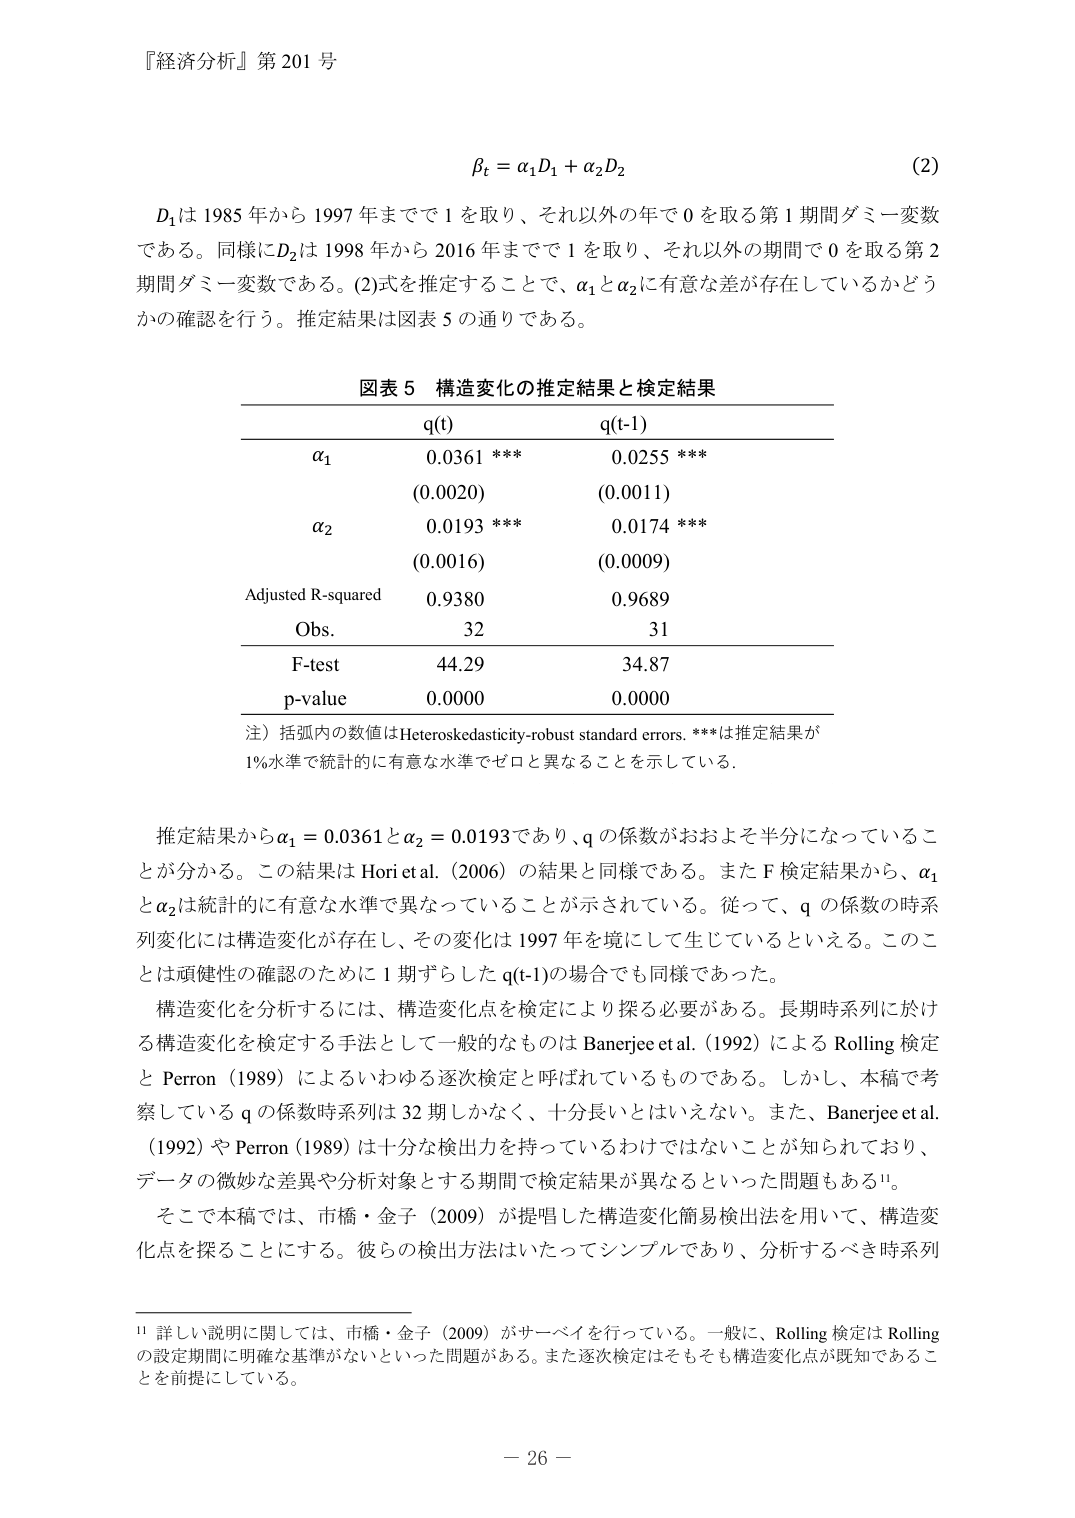
『経済分析』第 201 号

βₜ = α₁D₁ + α₂D₂  (2)

D₁は 1985 年から 1997 年までで 1 を取り、それ以外の年で 0 を取る第 1 期間ダミー変数である。同様にD₂は 1998 年から 2016 年までで 1 を取り、それ以外の期間で 0 を取る第 2 期間ダミー変数である。(2)式を推定することで、α₁とα₂に有意な差が存在しているかどうかの確認を行う。推定結果は図表 5 の通りである。

図表 5 構造変化の推定結果と検定結果

q(t)           q(t-1)
α₁             0.0361 ***     0.0255 ***
               (0.0020)       (0.0011)
α₂             0.0193 ***     0.0174 ***
               (0.0016)       (0.0009)
Adjusted R-squared   0.9380       0.9689
Obs.               32           31
F-test             44.29        34.87
p-value            0.0000       0.0000

注）括弧内の数値は Heteroskedasticity-robust standard errors. ***は推定結果が 1%水準で統計的に有意な水準でゼロと異なることを示している。

推定結果からα₁ = 0.0361とα₂ = 0.0193であり、q の係数がおおよそ半分になっていることが分かる。この結果は Hori et al. (2006) の結果と同様である。また F 検定結果から、α₁とα₂は統計的に有意な水準で異なっていることが示されている。従って、q の係数の時系列変化には構造変化が存在し、その変化は 1997 年を境にして生じているといえる。このことは頑健性の確認のために 1 期ずらした q(t-1)の場合でも同様であった。

構造変化を分析するには、構造変化点を検定により探る必要がある。長期時系列に於ける構造変化を検定する手法として一般的なものは Banerjee et al. (1992) による Rolling 検定と Perron (1989) によるいわゆる逐次検定と呼ばれているものである。しかし、本稿で考察している q の係数時系列は 32 期しかなく、十分長いとはいえない。また、Banerjee et al. (1992) や Perron (1989) は十分な検出力を持っているわけではないことが知られており、データの微妙な差異や分析対象とする期間で検定結果が異なるといった問題もある¹¹。

そこで本稿では、市橋・金子 (2009) が提唱した構造変化簡易検出法を用いて、構造変化点を探ることにする。彼らの検出方法はいたってシンプルであり、分析するべき時系列

¹¹ 詳しい説明に関しては、市橋・金子 (2009) がサーベイを行っている。一般に、Rolling 検定は Rolling の設定期間に明確な基準がないといった問題がある。また逐次検定はそもそも構造変化点が既知であることを前提にしている。

－ 26 －